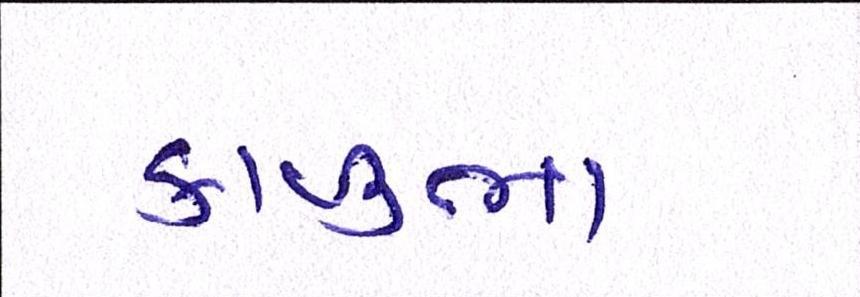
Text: કાળુભા